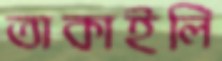
তাকাইলি